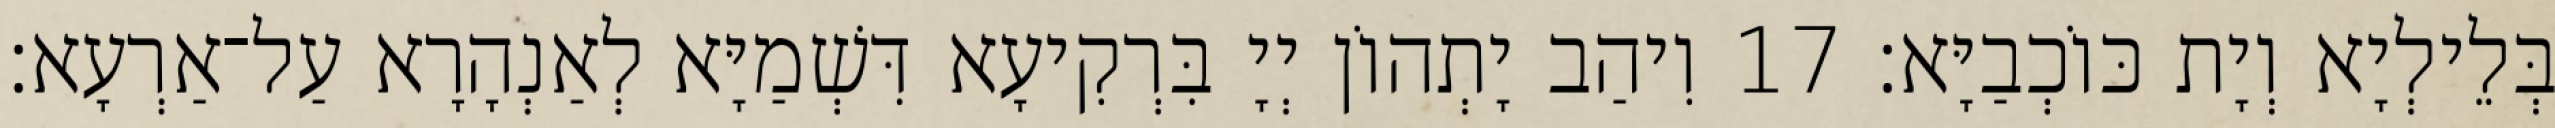
בְּלֵילְיָא וְיָת כּוֹכְבַיָּא׃ 17 וִיהַב יָתְהוֹן יְיָ בִּרְקִיעָא דִּשְׁמַיָּא לְאַנְהָרָא עַל־אַרְעָא׃